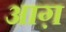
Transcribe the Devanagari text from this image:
आग़